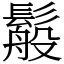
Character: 䰉